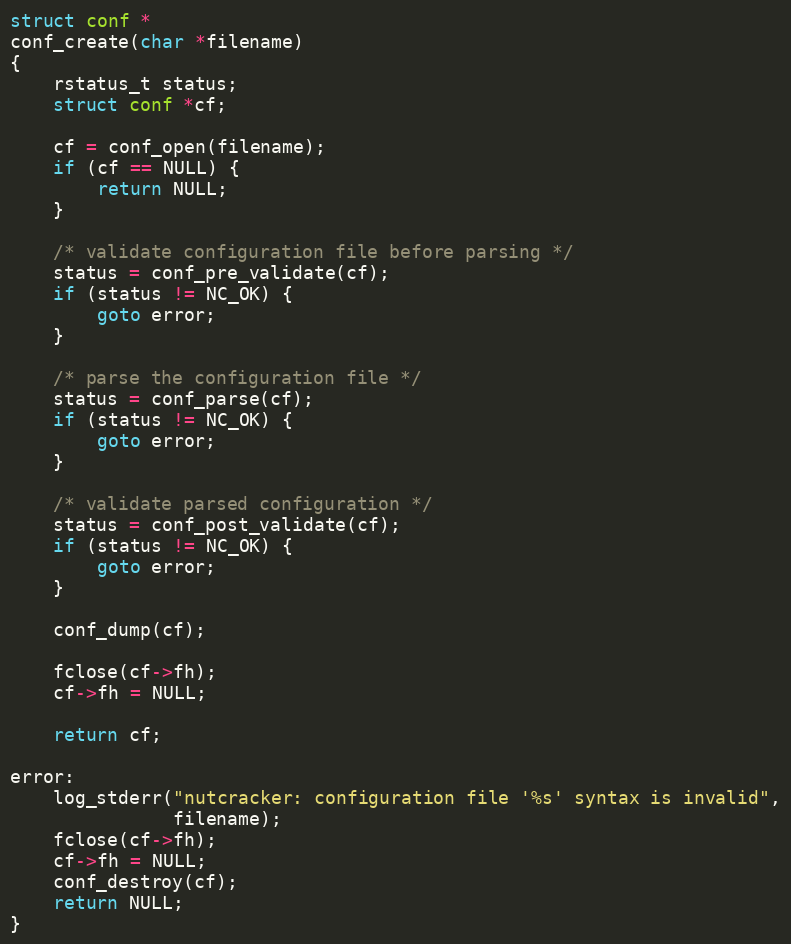
Language: C
struct conf *
conf_create(char *filename)
{
    rstatus_t status;
    struct conf *cf;

    cf = conf_open(filename);
    if (cf == NULL) {
        return NULL;
    }

    /* validate configuration file before parsing */
    status = conf_pre_validate(cf);
    if (status != NC_OK) {
        goto error;
    }

    /* parse the configuration file */
    status = conf_parse(cf);
    if (status != NC_OK) {
        goto error;
    }

    /* validate parsed configuration */
    status = conf_post_validate(cf);
    if (status != NC_OK) {
        goto error;
    }

    conf_dump(cf);

    fclose(cf->fh);
    cf->fh = NULL;

    return cf;

error:
    log_stderr("nutcracker: configuration file '%s' syntax is invalid",
               filename);
    fclose(cf->fh);
    cf->fh = NULL;
    conf_destroy(cf);
    return NULL;
}